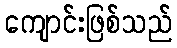
ကျောင်းဖြစ်သည်